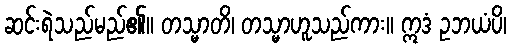
ဆင်းရဲသည်မည်၏။ တသ္မာတိ၊ တသ္မာဟူသည်ကား။ ဣဒံ ဥဘယံပိ၊